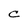
Character: C